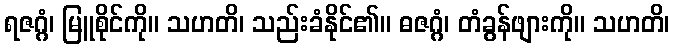
ရဇဂ္ဂံ၊ မြူစိုင်ကို။ သဟတိ၊ သည်းခံနိုင်၏။ ဓဇဂ္ဂံ၊ တံခွန်ဖျားကို။ သဟတိ၊